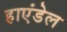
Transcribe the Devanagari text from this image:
हाएंडेल